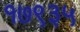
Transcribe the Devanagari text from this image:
१७९३५